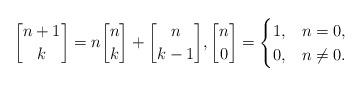
LaTeX: \begin{align*}{n+1 \brack k} = n{n \brack k} + {n \brack k-1}, {n \brack 0} = \begin{cases}1, &n=0, \\ 0, & n \neq 0.\end{cases}\end{align*}